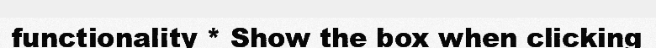
functionality * Show the box when clicking